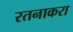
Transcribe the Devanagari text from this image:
रतनाकरा